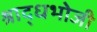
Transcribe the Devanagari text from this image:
श्राद्धभोजी